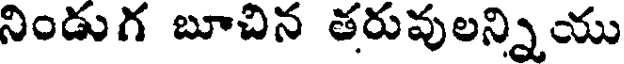
నిండుగ బూచిన తరువులన్నియు